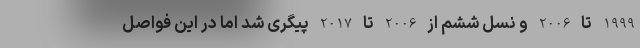
1999 تا 2006 و نسل ششم از 2006 تا 2017 پیگری شد اما در این فواصل